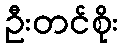
ဦးတင်စိုး